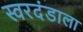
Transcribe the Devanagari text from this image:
स्वरदंडाला